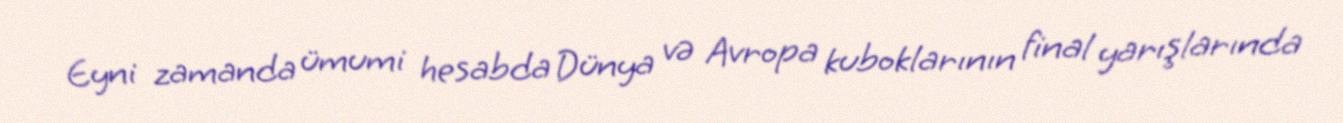
Eyni zamanda ümumi hesabda Dünya və Avropa kuboklarının final yarışlarında